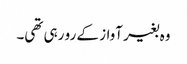
وہ بغیر آواز کے رو رہی تھی۔